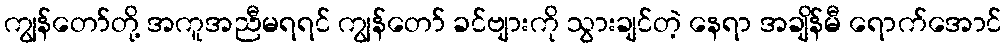
ကျွန်တော်တို့ အကူအညီမရရင် ကျွန်တော် ခင်ဗျားကို သွားချင်တဲ့ နေရာ အချိန်မီ ရောက်အောင်